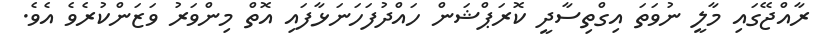
ރާއްޖޭގައި މާލީ ނުވަތަ އިގްތިސާދީ ކޮރަޕްޝަން ހައްދުފަހަނަޅާފައި އޮތް މިންވަރު ވަޒަންކުރެވެ އެވެ.